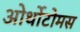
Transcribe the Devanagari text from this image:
ओर्थोटोमस